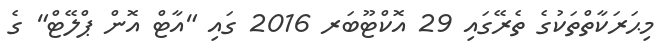
މިޙަރަކާތްތަކުގެ ތެރޭގައި 29 އޮކްޓޫބަރ 2016 ގައި "އާޓް އޮން ޕްލޭޓް" ގެ